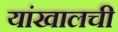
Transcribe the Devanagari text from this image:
यांखालची